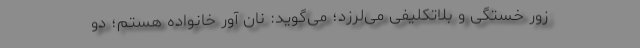
زور خستگی و بلاتکلیفی می‌لرزد؛ می‌گوید: نان‌ آور خانواده هستم؛ دو